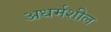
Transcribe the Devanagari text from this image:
अधर्मशील